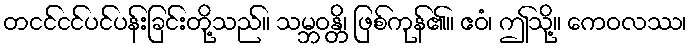
တငင်ငင်ပင်ပန်းခြင်းတို့သည်။ သမ္ဘဝန္တိ၊ ဖြစ်ကုန်၏။ ဧဝံ၊ ဤသို့။ ကေဝလဿ၊